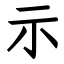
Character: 示